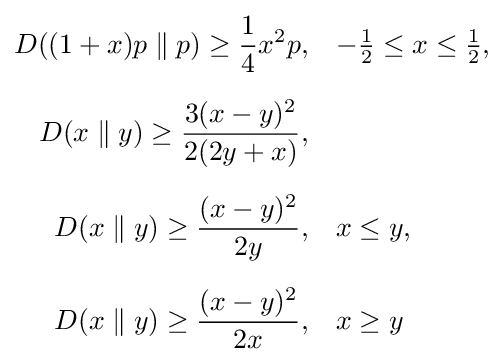
{\begin{aligned}D((1+x)p\parallel p)\geq {\frac {1}{4}}x^{2}p,&&&{-{\tfrac {1}{2}}}\leq x\leq {\tfrac {1}{2}},\\[6pt]D(x\parallel y)\geq {\frac {3(x-y)^{2}}{2(2y+x)}},\\[6pt]D(x\parallel y)\geq {\frac {(x-y)^{2}}{2y}},&&&x\leq y,\\[6pt]D(x\parallel y)\geq {\frac {(x-y)^{2}}{2x}},&&&x\geq y\end{aligned}}